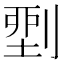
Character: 𠞐